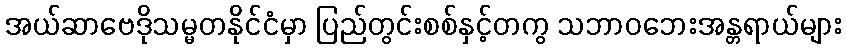
အယ်ဆာဗေဒိုသမ္မတနိုင်ငံမှာ ပြည်တွင်းစစ်နှင့်တကွ သဘာဝဘေးအန္တရာယ်များ